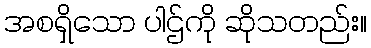
အစရှိသော ပါဌ်ကို ဆိုသတည်း။